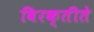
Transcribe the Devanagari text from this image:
विरक्तीते